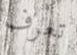
تعرف